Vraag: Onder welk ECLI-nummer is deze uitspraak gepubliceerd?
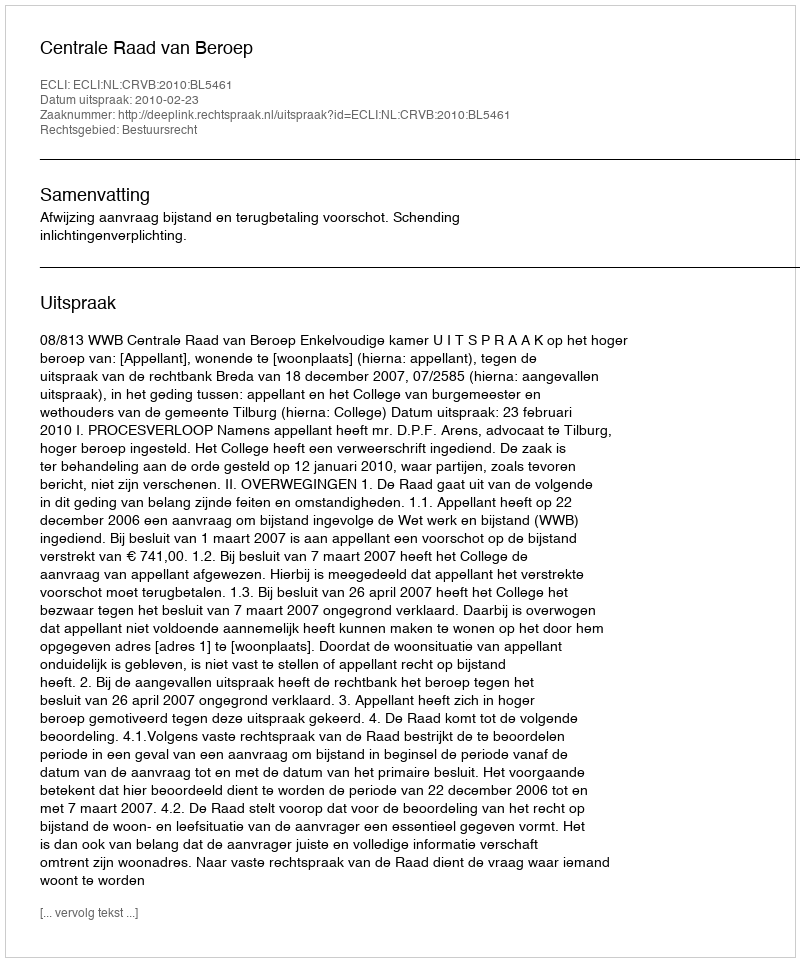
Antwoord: ECLI:NL:CRVB:2010:BL5461